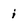
Character: i